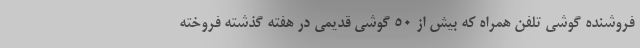
فروشنده گوشی تلفن همراه که بیش از 50 گوشی قدیمی در هفته گذشته فروخته